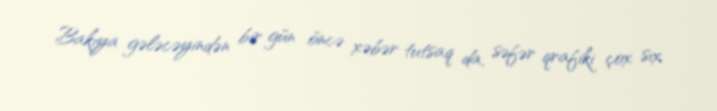
Bakıya gələcəyindən bir gün öncə xəbər tutsaq da, səfər qrafiki çox sıx